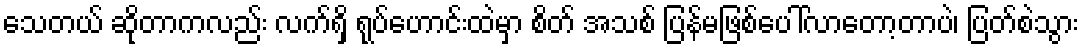
သေတယ် ဆိုတာကလည်း လက်ရှိ ရုပ်ဟောင်းထဲမှာ စိတ် အသစ် ပြန်မဖြစ်ပေါ်လာတော့တာပဲ၊ ပြတ်စဲသွား